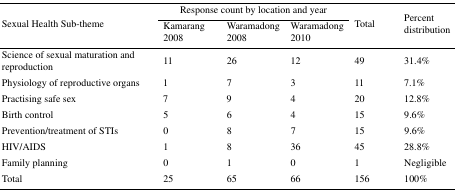
| <ROWSPAN=3> Sexual Health Sub-theme | <COLSPAN=3> Response count by location and year | <ROWSPAN=3> Total | <ROWSPAN=3> Percent distribution |
 | Kamarang 2008 | Waramadong 2008 | Waramadong 2010 |
 | --- | --- | --- | --- | --- | --- |
 | Science of sexual maturation and reproduction | 11 | 26 | 12 | 49 | 31.4% |
 | Physiology of reproductive organs | 1 | 7 | 3 | 11 | 7.1% |
 | Practising safe sex | 7 | 9 | 4 | 20 | 12.8% |
 | Birth control | 5 | 6 | 4 | 15 | 9.6% |
 | Prevention/treatment of STIs | 0 | 8 | 7 | 15 | 9.6% |
 | HIV/AIDS | 1 | 8 | 36 | 45 | 28.8% |
 | Family planning | 0 | 1 | 0 | 1 | Negligible |
 | Total | 25 | 65 | 66 | 156 | 100% |